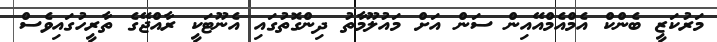
މަރުކަޒީ ބެންކް އެމްއެމްއޭއިން ސަން އަށް މައުލޫމާތު ދިންގޮތުގައި އެނޫޓަކީ ރާއްޖޭގެ ތާރީހުގައިވެސް